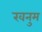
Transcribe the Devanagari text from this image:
खनुम